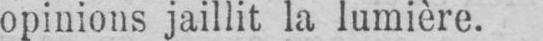
opinions jaillit la lumière.